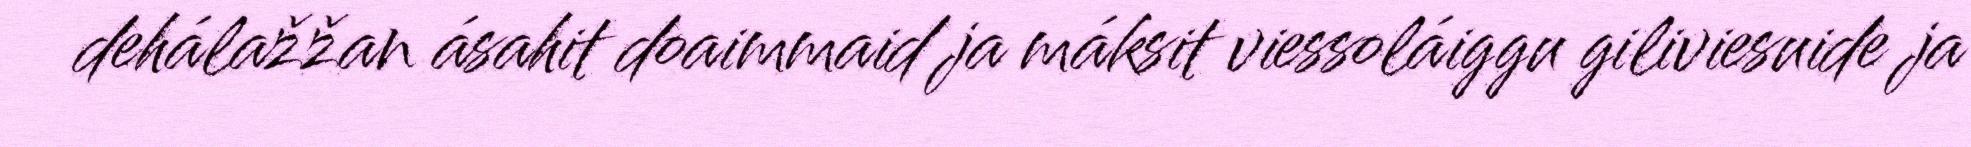
dehálažžan ásahit doaimmaid ja máksit viessoláiggu giliviesuide ja